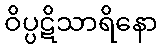
ဝိပ္ပဋိသာရိနော